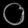
Digit: ၀